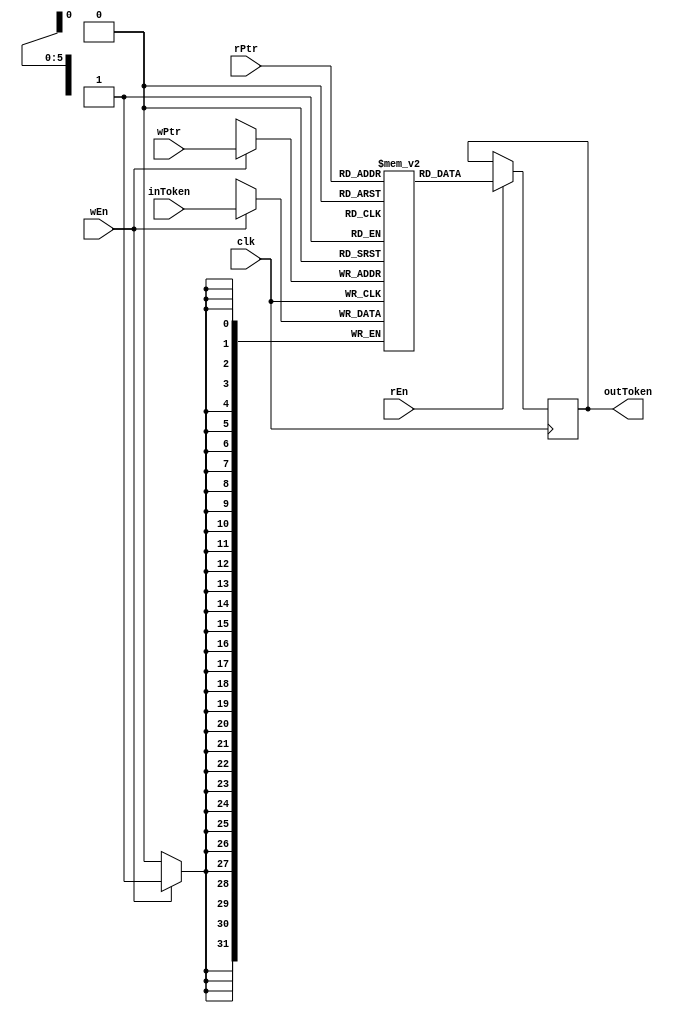
module inputMem(input [31:0] inToken, input wEn, input [5:0] wPtr, input clk,
				input rEn, input [5:0] rPtr, output [31:0] outToken);
		   
	reg [31:0] memory[63:0];
	reg [6:0] i;
	reg [31:0] x_outToken;
	
	assign outToken = x_outToken;
	
	initial begin
		for(i = 0; i<64; i=i+1'b1) begin
			memory[i] <= 32'b0;
		end
//		x_outToken <= 0;
	end
	
	always @(posedge clk)
	begin
		if(wEn == 1)
			memory[wPtr] <= inToken;
	end
	
	always @(posedge clk)
	begin
		if(rEn == 1)
			x_outToken <= memory[rPtr];
	end
endmodule